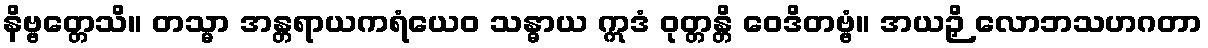
နိဗ္ဗတ္တေသိ။ တသ္မာ အန္တရာယကရံယေဝ သန္ဓာယ ဣဒံ ဝုတ္တန္တိ ဝေဒိတဗ္ဗံ။ အယဉှိ လောဘသဟဂတာ